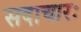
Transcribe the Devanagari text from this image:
सदाचारः